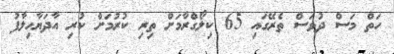
ހަތް މަސް ދުވަސް ތެރޭގައި 65 ކިލޯގްރާމަށް ތިރި ކުރުމަށް ކުރި އާދަޔާހިލާފު